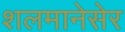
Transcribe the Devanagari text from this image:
शलमानेसेर